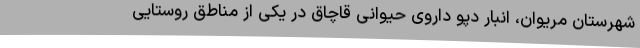
شهرستان مریوان، انبار دپو داروی حیوانی قاچاق در یکی از مناطق روستایی